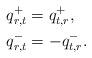
LaTeX: \begin{align*}q^{+}_{r,t}&=q^{+}_{t,r},\\q^{-}_{r,t}&=-q^{-}_{t,r}.\end{align*}